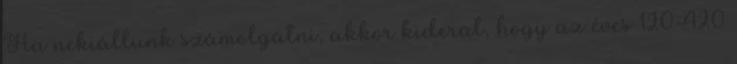
Ha nekiállunk számolgatni, akkor kiderül, hogy az éves 120-420